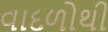
વાદળોથી